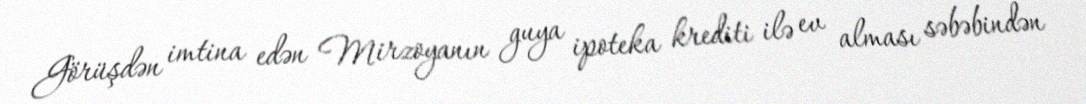
Görüşdən imtina edən Mirzoyanın guya ipoteka krediti ilə ev alması səbəbindən